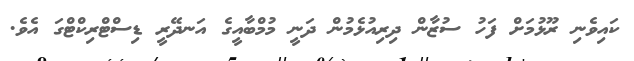
ކައިވެނި ރޫޅުމަށް ފަހު ސުޒާން ދިރިއުޅެމުން ދަނީ މުމްބާއީގެ އަނދޭރީ ޑިސްޓްރިކްޓްގަ އެވެ.